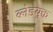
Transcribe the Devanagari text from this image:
ब्लेडयुक्त